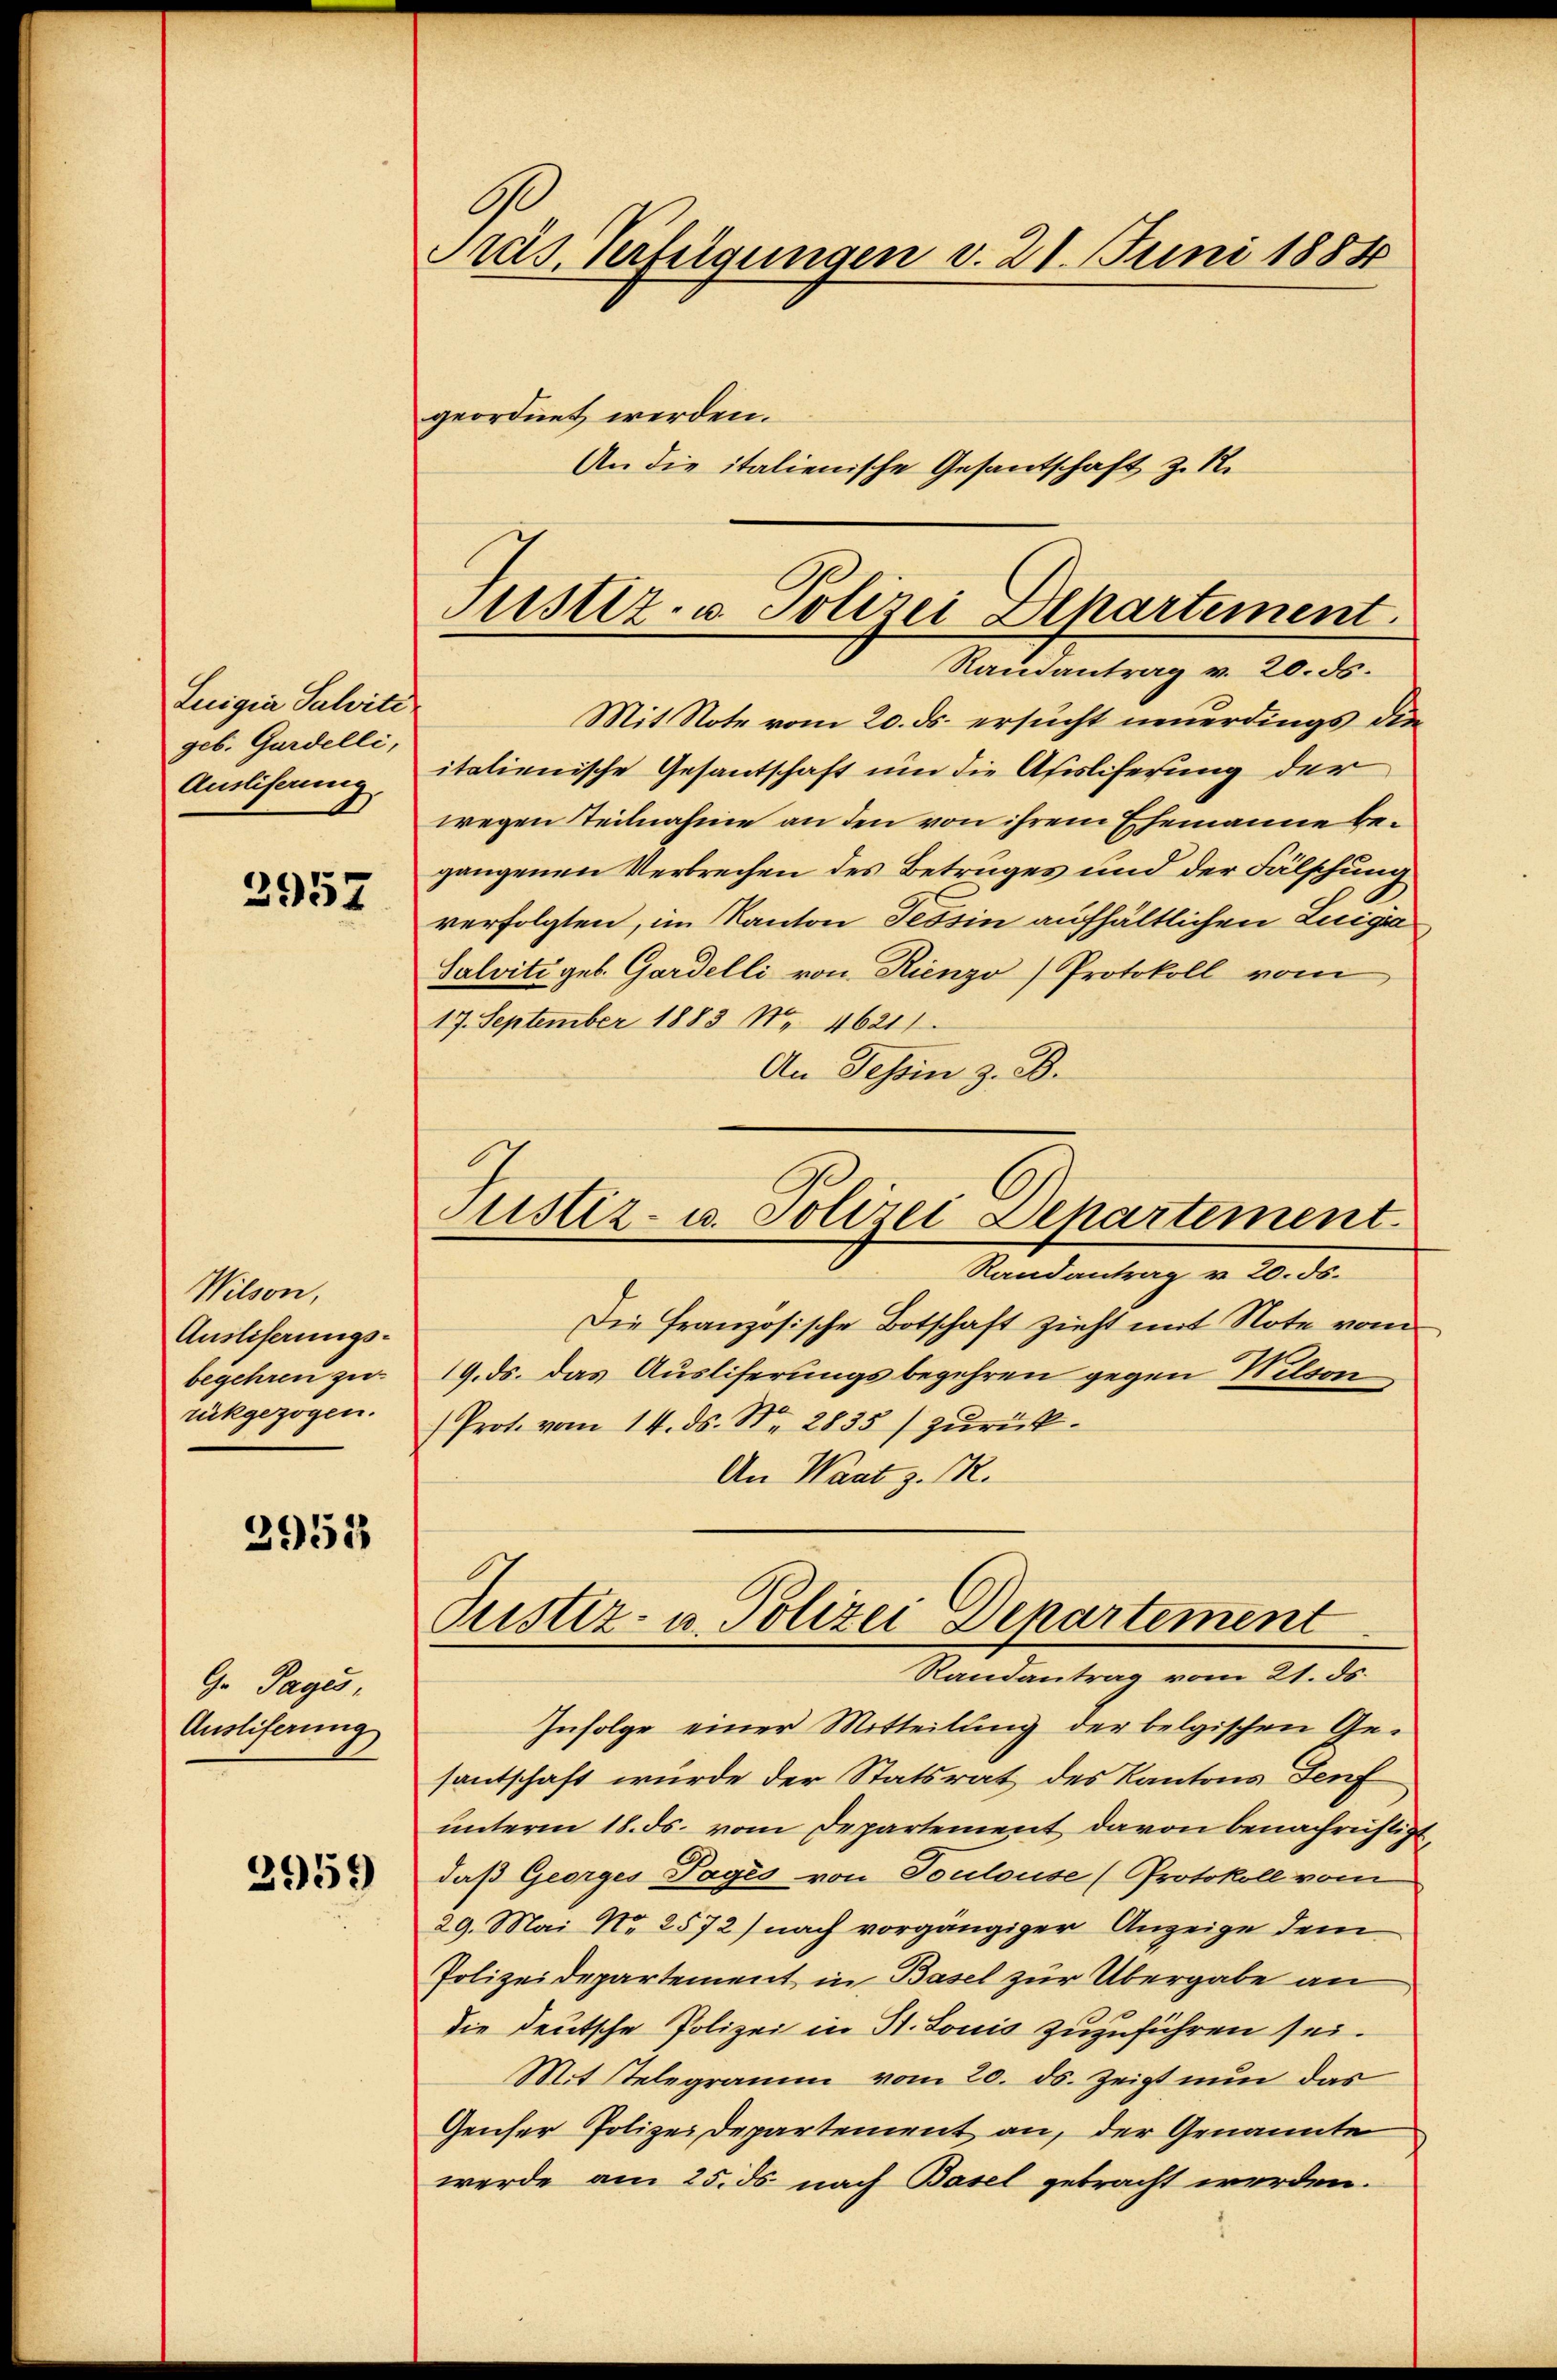
Luigia Salviti
geb. Gardelli,
Ausliserung

2957

Wilson,
Auslieferungsbegehren zu
rückgezogen.

2953

G. Tages,
Auslieferung
2959

rus, Verfeigungen v. 21. Juni 1884
geordnet werden.
An die italienische Gesantschaft z. 12.

Justiz- & Polizei Departement.
Rainantrag v. 20. ds.

Mit Note vom 20. ds. ersucht neuerdings die
italienische Gesantschaft um die Afisliferung der
wegen Teilnahme an den von ihrem Ehemanne begangenen Verbrechen des Betruges und der Fälschung
verfolgten, im Kanton Tessin aufhältlichen Luigia
Salviti geb. Gardelli von Rienzo Protokoll vom
17. September 1883 Nr. 46211
An Tessin z. B.
Randantrag v. 20. ds.
Die Französische Botschaft zieht mit Note von
19. ds. das Ausliferungsbegehren gegen Wilson
Prote vom 14. ds. N. 2835) zurück¬
An Waat z. R.
Cristiz- u. Polizei Departement
Randantrag vom 21. ds.
Infolge einer Mitteilung der belgischen Gesantschaft wurde der Statsrat des Kantons Teuf
unterm 18. ds. vom Departement davon benachrichtigt,
daß Georges Tages von Toulouse (Protokoll vom
29. Mai No 2572) nach vorgängiger Anzeige dem
Polizeidepartement in Basel zur Übergabe an
die deutsche Polizei in St. Louis zuzuführen sei.
Mit Stelegramm vom 20. ds. zeigt nun das
Genser Polizei Departement an, der Genannte
werde am 25. ds nach Basel gebracht werden.

Justiz- u. Polizei Departement